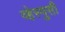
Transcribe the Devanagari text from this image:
व्हेस्पुसी